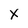
Character: X